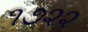
૧૭૨૨